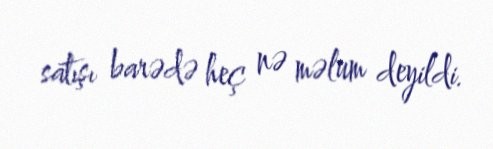
satışı barədə heç nə məlum deyildi.